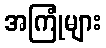
အကြုံများ